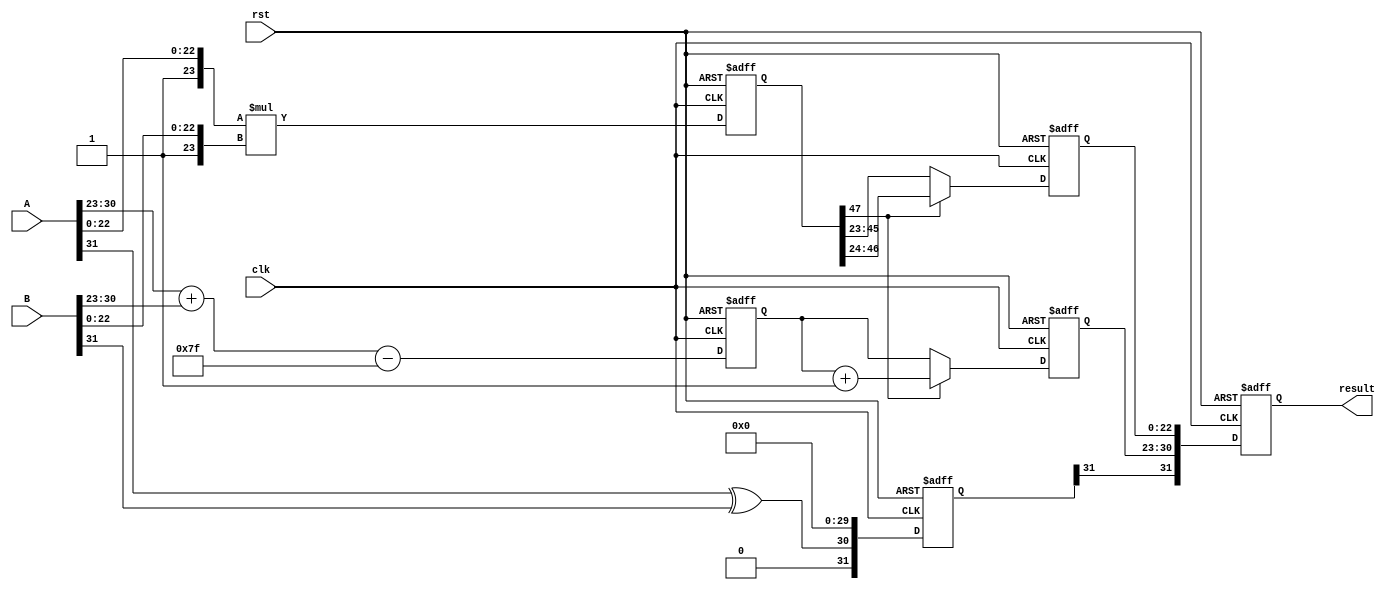
module pipelined_fp_multiplier (
    input clk,
    input rst,
    input [31:0] A, // Input A (32-bit floating-point)
    input [31:0] B, // Input B (32-bit floating-point)
    output reg [31:0] result // Output result (32-bit floating-point)
);

// Pipeline registers
reg [31:0] stage1_a, stage1_b;
reg [31:0] stage2_sign, stage2_exp;
reg [47:0] stage3_mantissa;
reg [7:0] stage4_exp;
reg [23:0] stage5_mantissa;

// Decomposition stage
wire sign_a = A[31];
wire sign_b = B[31];
wire [7:0] exp_a = A[30:23];
wire [7:0] exp_b = B[30:23];
wire [23:0] mant_a = {1'b1, A[22:0]}; // Implicit leading 1 for normalized
wire [23:0] mant_b = {1'b1, B[22:0]}; // Implicit leading 1 for normalized

// Sign calculation
wire sign_result = sign_a ^ sign_b;

// Exponent calculation
wire [8:0] exp_sum = {1'b0, exp_a} + {1'b0, exp_b} - 8'd127; // Subtract the bias

// Mantissa multiplication
wire [47:0] mant_product = mant_a * mant_b;

// Normalization
always @(posedge clk or posedge rst) begin
    if (rst) begin
        stage1_a <= 0;
        stage1_b <= 0;
        stage2_sign <= 0;
        stage2_exp <= 0;
        stage3_mantissa <= 0;
        stage4_exp <= 0;
        stage5_mantissa <= 0;
        result <= 0;
    end else begin
        // Stage 1: Decomposition
        stage1_a <= A;
        stage1_b <= B;

        // Stage 2: Sign and exponent calculation
        stage2_sign <= {sign_result, 30'b0}; // Store sign
        stage2_exp <= exp_sum[7:0]; // Store exponent

        // Stage 3: Mantissa multiplication
        stage3_mantissa <= mant_product;

        // Stage 4: Normalize the mantissa and adjust exponent if necessary
        if (stage3_mantissa[47]) begin
            stage4_exp <= stage2_exp + 1; // Shift right, increment exponent
            stage5_mantissa <= stage3_mantissa[46:24]; // Keep 23 bits
        end else begin
            stage4_exp <= stage2_exp; // Keep exponent the same
            stage5_mantissa <= stage3_mantissa[45:23]; // Keep 23 bits
        end

        // Stage 5: Final assembly
        result <= {stage2_sign[31], stage4_exp, stage5_mantissa[22:0]};
    end
end

endmodule